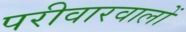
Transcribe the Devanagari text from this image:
परीवारवालों